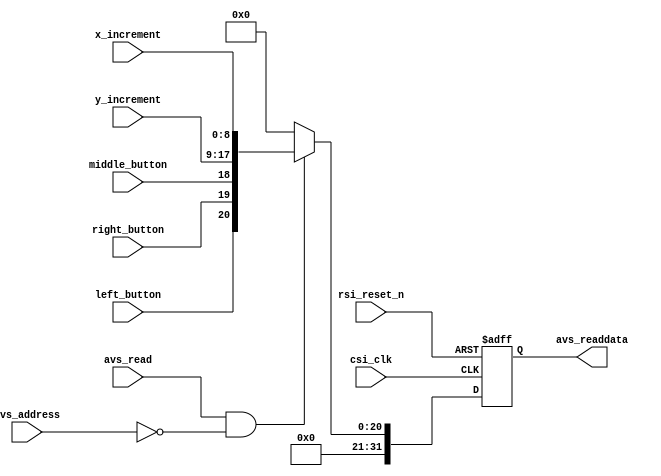
//---------------------------------------------------------------------------
//-- 		:	zircon_avalon_ps2_mouse_register.v
//-- 		:	PS/2IP
//-- 	:	2014-1-1
//-- 		:	Zircon Opto-Electronic Technology CO.,Ltd.
//---------------------------------------------------------------------------
module zircon_avalon_ps2_mouse_register
(	
	//
	csi_clk,rsi_reset_n, 
	//Avalon-MM
	avs_address,avs_read,avs_readdata,
	//
	left_button,right_button,middle_button,x_increment,y_increment
);

input 					csi_clk;			   		//
input 					rsi_reset_n;				//
input 		 			avs_address;	     		//Avalon
input 					avs_read;			   	//Avalon
output reg	[31:0] 	avs_readdata;	  			//Avalon
input						left_button;				//
input						right_button;				//
input						middle_button;				//
input			[ 8:0]	x_increment;				//X
input			[ 8:0]	y_increment;				//Y

reg			[31:0] 	avs_readdata_n;	  		//avs_address

//,
always @ (posedge csi_clk or negedge rsi_reset_n)
begin
	if(!rsi_reset_n)									//
		avs_readdata <= 32'h00;						//
	else
		avs_readdata <= avs_readdata_n;			//
end

 //,021
always @ (*)
begin           
	if((avs_read) && (avs_address == 1'b0))	//
		avs_readdata_n = {11'b0,left_button,right_button,middle_button,y_increment,x_increment}; 	//,avs_readdata_n
	else		
		avs_readdata_n = 32'h0;						//
end

endmodule